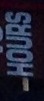
HOURS